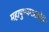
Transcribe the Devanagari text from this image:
महापुण्यमप्राप्नोति